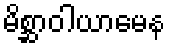
မိစ္ဆာဝါယာမေန